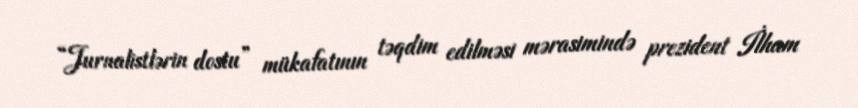
“Jurnalistlərin dostu” mükafatının təqdim edilməsi mərasimində prezident İlham